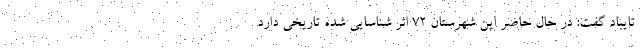
تایباد گفت: در حال حاضر این شهرستان ۷۲ اثر شناسایی شده تاریخی دارد